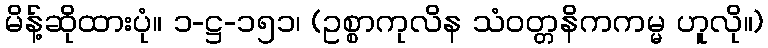
မိန့်ဆိုထားပုံ။ ၁-ဋ္ဌ-၁၅၁၊ (ဥစ္စာကုလိန သံဝတ္တနိကကမ္မ ဟူလို။)